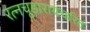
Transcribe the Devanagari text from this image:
रत्नचूडारायचरित